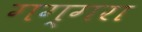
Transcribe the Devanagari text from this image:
गग्गरा